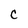
Character: c